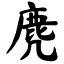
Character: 麂